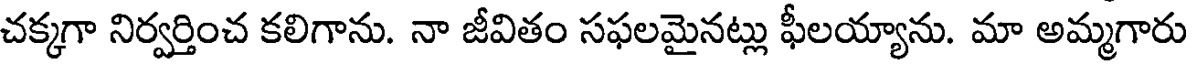
చక్కగా నిర్వర్తించ కలిగాను. నా జీవితం సఫలమైనట్లు ఫీలయ్యాను. మా అమ్మగారు